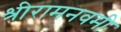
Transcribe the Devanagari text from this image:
श्रीरामनवमी